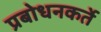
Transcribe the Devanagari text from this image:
प्रबोधनकर्ते